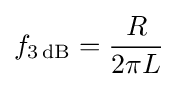
f_{\mathrm {3\,dB} }={\frac {R}{2\pi L}}